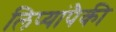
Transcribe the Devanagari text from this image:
लिप्यांपैकी